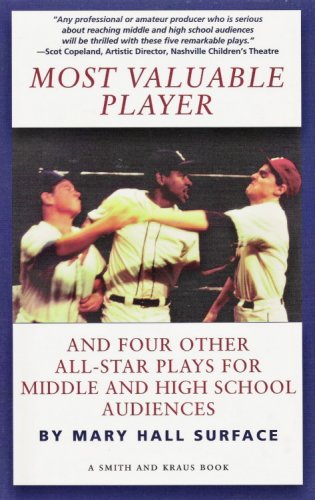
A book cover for Most Valuable Player and Four Other All-Star Plays for Middle and High School Audiences (Young Actors Series); Mary Hall Surface; Teen & Young Adult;